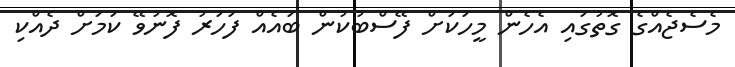
މެސެޖެއްގެ ގޮތުގައި އެހެން މީހަކަށް ފޭސްބުކުން ބައެއް ފަހަރު ފޮނުވޭ ކަމަށް ދެއްކި